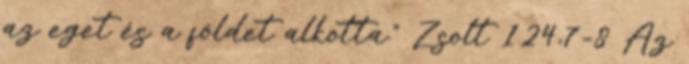
az eget és a földet alkotta.” Zsolt 124,7-8 Az